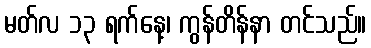
မတ်လ ၁၃ ရက်နေ့၊ ကွန်တိန်နာ တင်သည်။